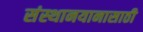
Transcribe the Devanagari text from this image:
संस्थानयानासाठी